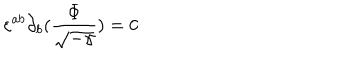
LaTeX: \varepsilon ^ { a b } \partial _ { b } ( \frac { \Phi } { \sqrt { - \gamma } } ) = 0